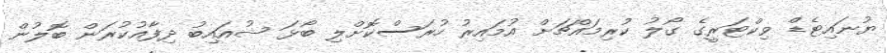
ޔުނައިޓެޑް ވިކްޓަރީގެ ގޯލު ކުރިމައްޗަށް އުމައިރު ހުރަސްކޮށްލި ބޯޅަ ޝުއައިބު ދިފާއުކުރަން ބޮލުން